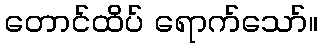
တောင်ထိပ် ရောက်သော်။